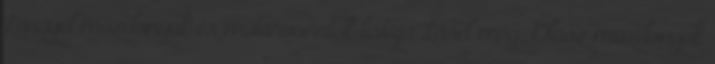
Lengyel mozdonyok és motorvonatok listája Lásd még: Olasz mozdonyok